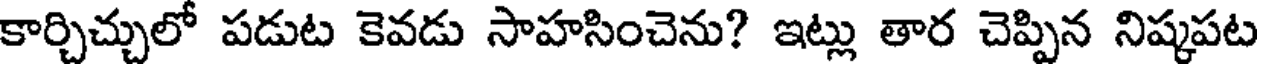
కార్చిచ్చులో పడుట కెవడు సాహసించెను? ఇట్లు తార చెప్పిన నిష్కపట